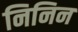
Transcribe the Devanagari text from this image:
निनिन